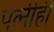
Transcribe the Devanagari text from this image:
पत्‍नीही